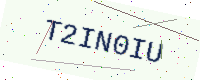
Text: T2IN0IU